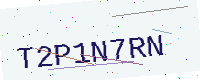
Text: T2P1N7RN